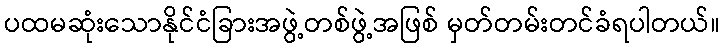
ပထမဆုံးသောနိုင်ငံခြားအဖွဲ့တစ်ဖွဲ့အဖြစ် မှတ်တမ်းတင်ခံရပါတယ်။